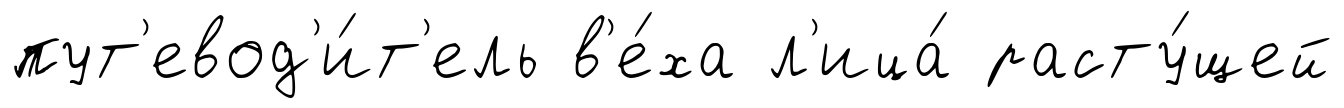
пут'евод'и́т'ель в'е́ха л'ица́ расту́щей